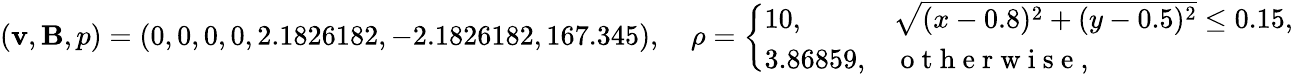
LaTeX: (\mathbf{v},\mathbf{B},p)=(0,0,0,0,2.1826182,-2.1826182,167.345),\quad\rho=\left\{ \begin{array}{ll}{10,}&{\sqrt{(x-0.8)^{2}+(y-0.5)^{2}}\leq 0.15,}\\ {3.86859,}&{\mathrm{~o~t~h~e~r~w~i~s~e~},}\end{array}\right.